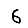
Digit: 6